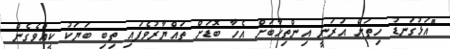
"އަޅުގަނޑު ހިތަށް އަރަނީ އިންތިހާބަށް އެހާ ބޮޑަށް ތައްޔާރުވެފައި ތިބި ބަޔަކު ކީއްވެގެން